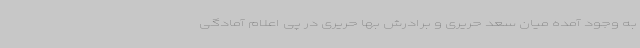
به وجود آمده میان سعد حریری و برادرش بها حریری در پی اعلام آمادگی